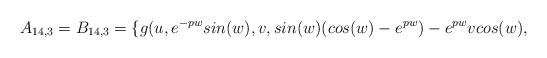
LaTeX: \begin{align*} A_{14,3}=B_{14,3}=\{g(u,e^{-pw}sin(w),v,sin(w)(cos(w)-e^{pw})-e^{pw}vcos(w), \end{align*}